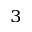
^ 3